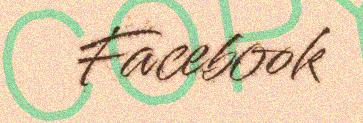
Facebook